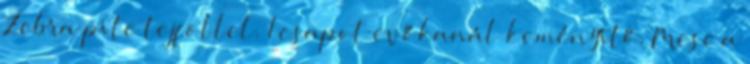
Zebra pite tejföllel. 1 csapot evőkanál keményítő. Mese a